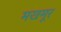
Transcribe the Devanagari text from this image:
मखमूर